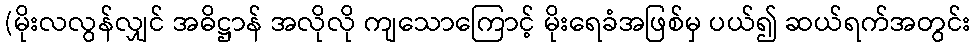
(မိုးလလွန်လျှင် အဓိဋ္ဌာန် အလိုလို ကျသောကြောင့် မိုးရေခံအဖြစ်မှ ပယ်၍ ဆယ်ရက်အတွင်း